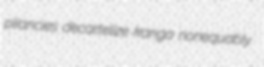
pliancies decartelize kanga nonequably